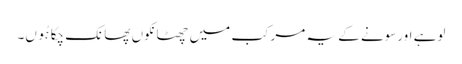
لوہے اورسونے کے یہ مرکب میں چھٹانکوں پھانک چکا ہُوں۔